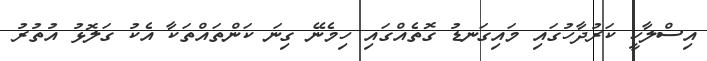
އިސްލާހީ ކަރުދާހުގައި މައިގަނޑު ގޮތެއްގައި ހިމެނޭ ގިނަ ކަންތައްތަކާ އެކު ގަލޮޅު އުތުރު